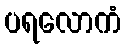
ပရလောကံ